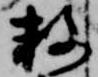
数